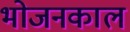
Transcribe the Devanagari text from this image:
भोजनकाल